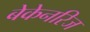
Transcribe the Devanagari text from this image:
बेकेनरिज